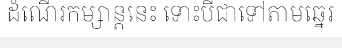
ដំណើរកម្សាន្តនេះ ទោះបីជាទៅតាមឆ្នេរ